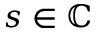
s \in \mathbb C